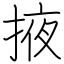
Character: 掖